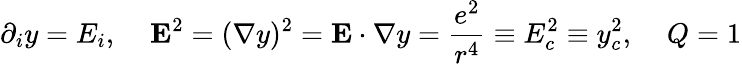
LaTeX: \partial_{i}y=E_{i},\; \; \; \; {\mathbf E}^{2}=({\mathbf\nabla}y)^{2}={\mathbf E}\cdot{\mathbf\nabla}y=\frac{e^{2}}{r^{4}}\equiv E_{c}^{2}\equiv y_{c}^{2},\; \; \; \; Q=1